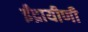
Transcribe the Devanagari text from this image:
ईंद्रायीणी